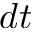
d t